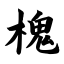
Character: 槐